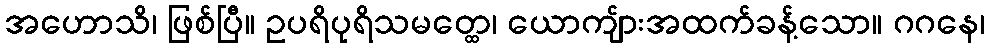
အဟောသိ၊ ဖြစ်ပြီ။ ဥပရိပုရိသမတ္ထေ၊ ယောကျ်ားအထက်ခန့်သော။ ဂဂနေ၊